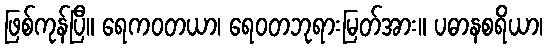
ဖြစ်ကုန်ပြီ။ ရေကဝတယာ၊ ရေဝတဘုရားမြတ်အား။ ပဓာနစရိယာ၊